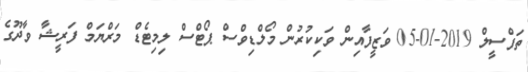
ތަފްސީލް 2019-01-05 ވަޒީފާއިން ވަކިކުރުން މޯލްޑިވްސް ޕޯޓްސް ލިމިޓެޑް މަރްޔަމް ފަރީޝާ ވާދޫގެ